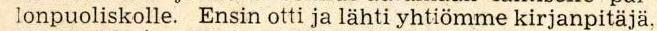
lonpuoliskolle. Ensin otti ja lähti yhtiömme kirjapitäjä